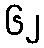
၆၂